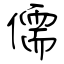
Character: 儒